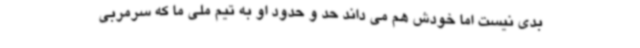
بدی نیست اما خودش هم می داند حد و حدود او به تیم ملی ما که سرمربی